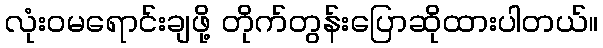
လုံးဝမရောင်းချဖို့ တိုက်တွန်းပြောဆိုထားပါတယ်။